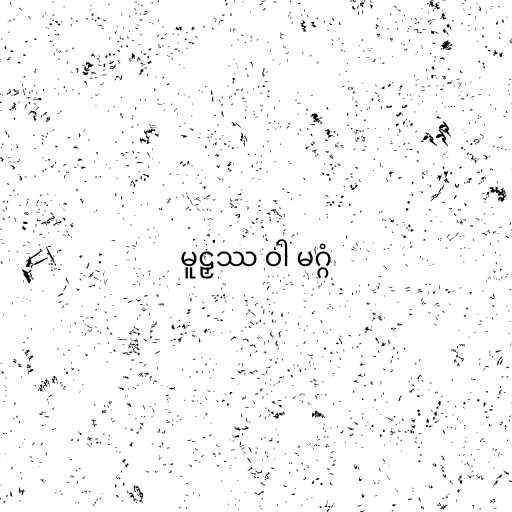
မူဠှဿ ဝါ မဂ္ဂံ